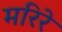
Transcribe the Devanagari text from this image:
मरिरे